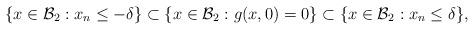
LaTeX: \begin{align*} \{x \in \mathcal{B}_2 : x_n \leq -\delta\} \subset \{x \in \mathcal{B}_2 : g(x,0)=0\} \subset \{x \in \mathcal{B}_2 : x_n \leq \delta\},\end{align*}